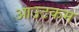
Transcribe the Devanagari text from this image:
आउटकम